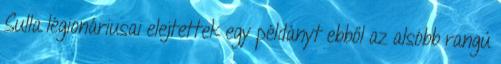
Sulla légionáriusai elejtettek egy példányt ebből az alsóbb rangú